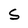
Character: S